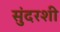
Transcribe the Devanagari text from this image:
सुंदरशी